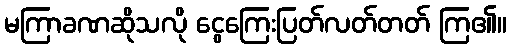
မကြာခဏဆိုသလို ငွေကြေးပြတ်လတ်တတ် ကြ၏။